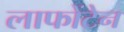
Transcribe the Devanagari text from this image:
लाफोंटेन